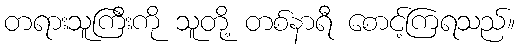
တရားသူကြီးကို သူတို့ တစ်နာရီ စောင့်ကြရသည်။